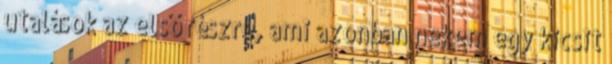
utalások az első részre, ami azonban nekem egy kicsit